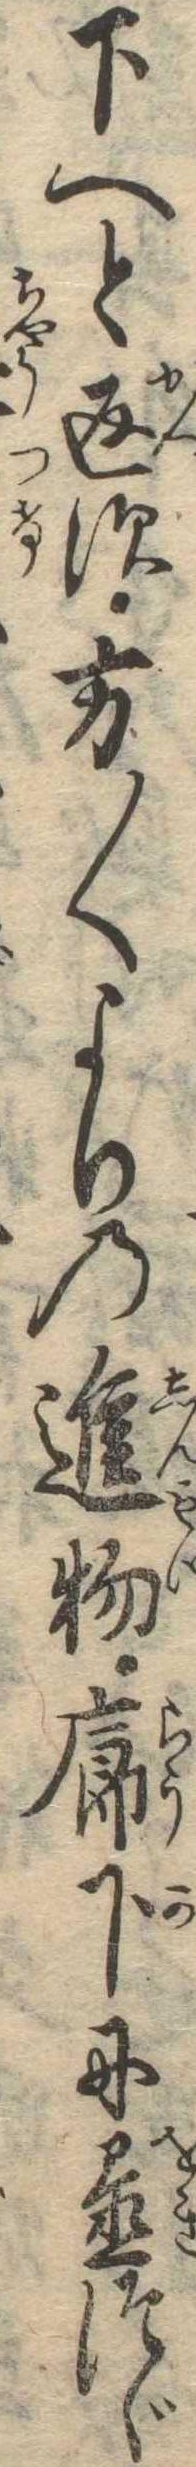
下へと返す方〱よりの進物廊下に置つゞ